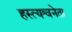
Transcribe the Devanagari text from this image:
हस्त्यश्वनेता